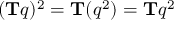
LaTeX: ( \mathbf { T } q ) ^ { 2 } = \mathbf { T } ( q ^ { 2 } ) = \mathbf { T } q ^ { 2 }